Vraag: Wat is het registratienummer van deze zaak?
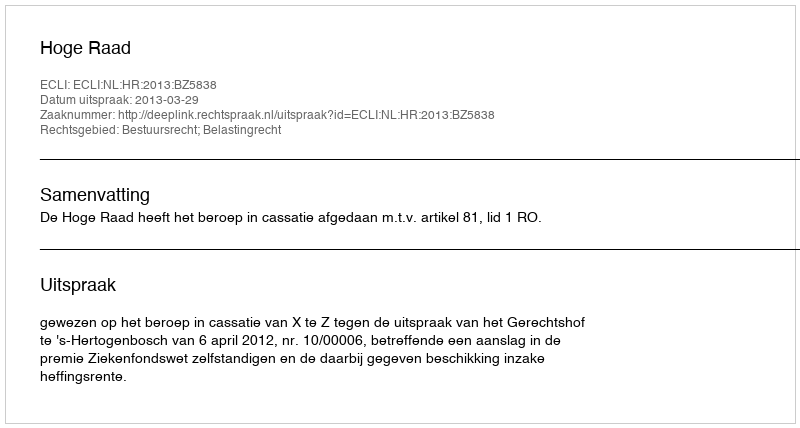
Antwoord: http://deeplink.rechtspraak.nl/uitspraak?id=ECLI:NL:HR:2013:BZ5838